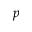
p